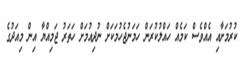
ކުރުމަށާއި އެއްވެސް ކަމެއް ހައްލުކުރަން ހަމަނުޖެހުމަކަށް ނުދިއުމަށް ހަތަރު ޖަމިއްޔާ އިން މިއަދުގެ